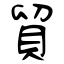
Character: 貿